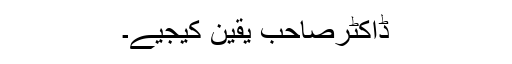
ڈاکٹرصاحب یقین کیجیے۔